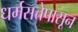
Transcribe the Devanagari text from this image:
धर्मसत्तेपासून